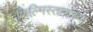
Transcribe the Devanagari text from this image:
फिल्मिस्तानच्या